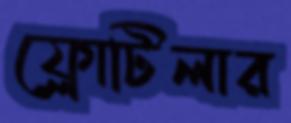
ফ্লোটিলার